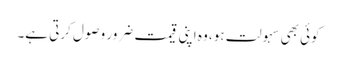
کوئی بھی سہولت ہو، وہ اپنی قیمت ضرور وصول کرتی ہے۔